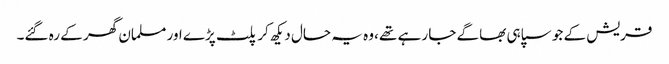
قریش کے جو سپاہی بھاگے جا رہے تھے ،وہ یہ حال دیکھ کر پلٹ پڑے اور مسلمان گھر کے رہ گئے۔